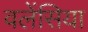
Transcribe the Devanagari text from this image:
वलेंसिया